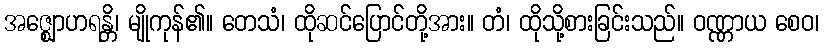
အဇ္ဈောဟရန္တိ၊ မျိုကုန်၏။ တေသံ၊ ထိုဆင်ပြောင်တို့အား။ တံ၊ ထိုသို့စားခြင်းသည်။ ဝဏ္ဏာယ စေဝ၊